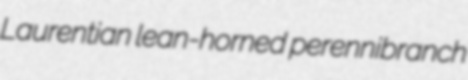
Laurentian lean-horned perennibranch